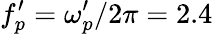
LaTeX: f_{p}^{\prime}=\omega_{p}^{\prime}/2\pi=2.4